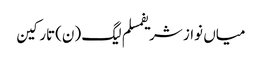
میاں نواز شریفمسلم لیگ (ن)تارکین